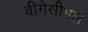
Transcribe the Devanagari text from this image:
वीगेसीमल